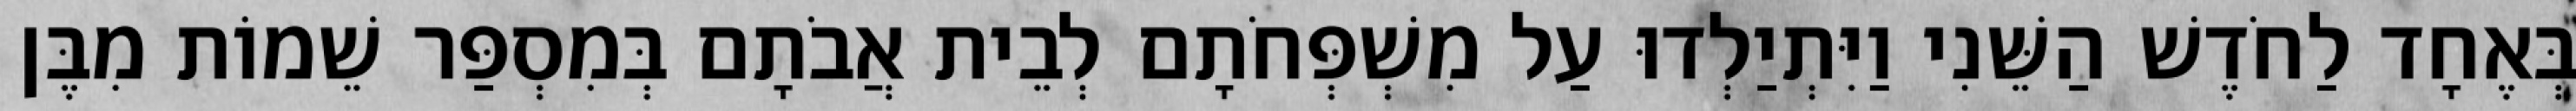
בְּאֶחָד לַחֹדֶשׁ הַשֵּׁנִי וַיִּתְיַלְדוּ עַל מִשְׁפְּחֹתָם לְבֵית אֲבֹתָם בְּמִסְפַּר שֵׁמוֹת מִבֶּן